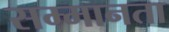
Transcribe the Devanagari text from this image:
सम्मानता